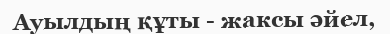
Ауылдың құты - жаксы әйел,